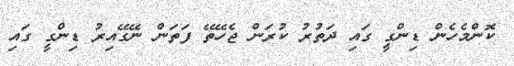
ކޮންމެހެން ޑިންގީ ގައި ދަތުރު ކުރަން ޖެހޭތޭ ފަތަން ނޭގޭއިރު ޑިންގީ ގައި